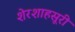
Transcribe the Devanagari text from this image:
शेरशाहसूरी